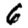
Digit: 6